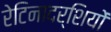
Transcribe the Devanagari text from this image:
रेटिनादर्शियों